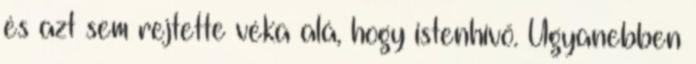
és azt sem rejtette véka alá, hogy istenhívő. Ugyanebben